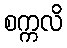
စက္ကလိ